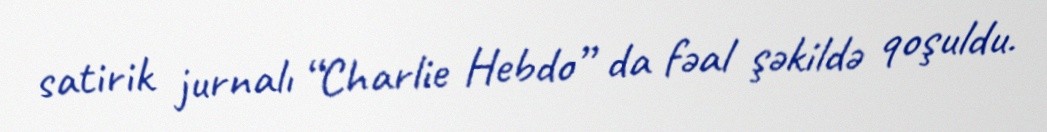
satirik jurnalı “Charlie Hebdo” da fəal şəkildə qoşuldu.